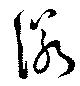
諾